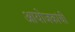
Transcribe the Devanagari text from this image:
आयोजकांची